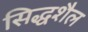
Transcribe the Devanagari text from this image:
सिद्धशैल